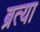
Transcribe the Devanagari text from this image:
ब्रत्या